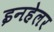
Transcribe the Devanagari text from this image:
इनहेलर